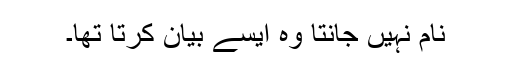
نام نہیں جانتا وہ ایسے بیان کرتا تھا۔